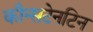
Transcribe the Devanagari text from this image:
कौन्सटेनटिन